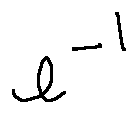
e ^ { - 1 }